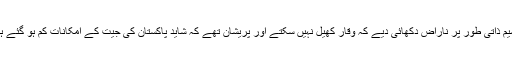
وسیم ذاتی طور پر ناراض دکھائی دیے کہ وقار کھیل نہیں سکتے اور پریشان تھے کہ شاید پاکستان کی جیت کے امکانات کم ہو گئے ہیں۔